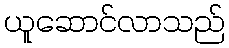
ယူဆောင်လာသည်